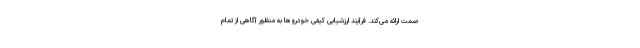
صمت ارائه می‌کند. فرآیند ارزشیابی کیفی خودروها به منظور آگاهی از تمام